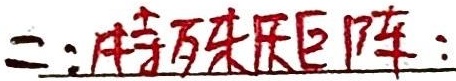
二：特殊矩阵：